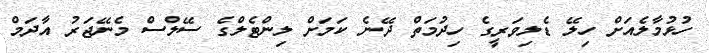
ހުޅުމާލެއަށް ހިލޭ ޑެލިވަރީގެ ހިދުމަތް ދޭނެ ކަމަށް ލިންޓެލްގެ ސޭލްސް މެނޭޖަރު އާދަމް